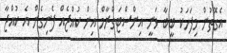
އެގޮތުން މިފަހަކު ބީބާ ވަނީ އިންސްޓަގްރާމް އިން ކުއްޖެއް ފެނިގެން އެ ކުއްޖާ